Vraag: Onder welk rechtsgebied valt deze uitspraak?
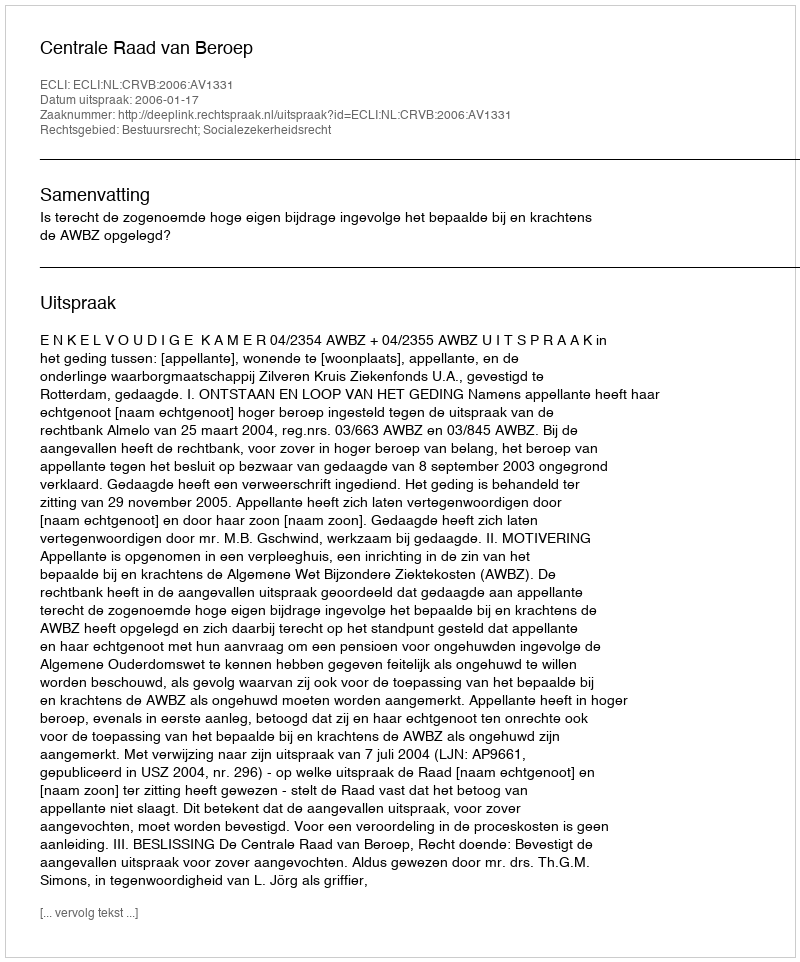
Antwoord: Bestuursrecht; Socialezekerheidsrecht